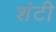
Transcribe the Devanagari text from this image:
शंटी